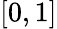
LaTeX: \lbrack 0,1\rbrack